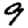
Digit: 9